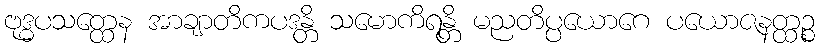
ဗုဒ္ဓပသတ္ထေန အာချာတိကပဒန္တိ သမောကိရန္တိ မညတိပ္ပယောဂေ ပယောဇနတ္ထဉ္စ